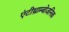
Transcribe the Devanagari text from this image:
एंटीथ्राम्बोजनिक